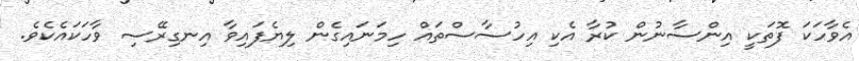
އެވާހަކަ ފޮތަކީ އިންސާނުން ކުރާ އެކި އިހުސާސްތައް ހިމަނައިގެން ލިޔެފައިވާ އިނގިރޭސި ވާހަކައެކެވެ.